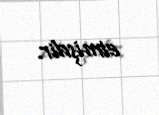
etmişdir.